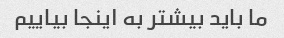
ما باید بیشتر به اینجا بیاییم